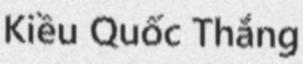
Kiều Quốc Thắng